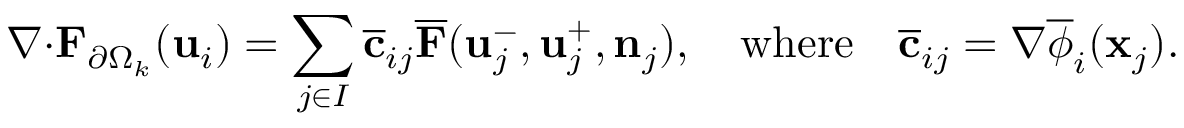
\boldsymbol { \nabla } { \cdot } { \mathbf { F } } _ { \partial \Omega _ { k } } ( \mathbf { u } _ { i } ) = \sum _ { j \in I } \overline { { \mathbf { c } } } _ { i j } \overline { { \mathbf { F } } } ( \mathbf { u } _ { j } ^ { - } , \mathbf { u } _ { j } ^ { + } , \mathbf { n } _ { j } ) , \quad \mathrm { w h e r e } \quad \overline { { \mathbf { c } } } _ { i j } = \nabla \overline { { \phi } } _ { i } ( \mathbf { x } _ { j } ) .